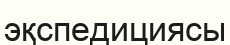
эқспедициясы